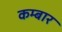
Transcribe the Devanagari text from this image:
कम्बार